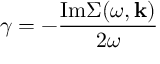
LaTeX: \gamma = - \frac { \mathrm { I m } \Sigma ( \omega , { \bf k } ) } { 2 \omega }